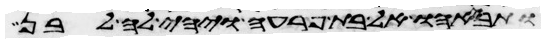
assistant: ותבאהו אל בת פרעה ויהי לה לבן